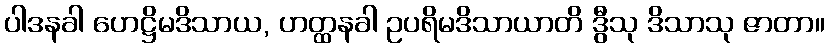
ပါဒနခါ ဟေဋ္ဌိမဒိသာယ, ဟတ္ထနခါ ဥပရိမဒိသာယာတိ ဒွီသု ဒိသာသု ဇာတာ။